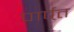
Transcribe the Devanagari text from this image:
पार्पत